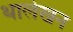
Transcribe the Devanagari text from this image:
थालेखन